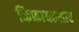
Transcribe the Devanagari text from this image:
किफ़ायतशार